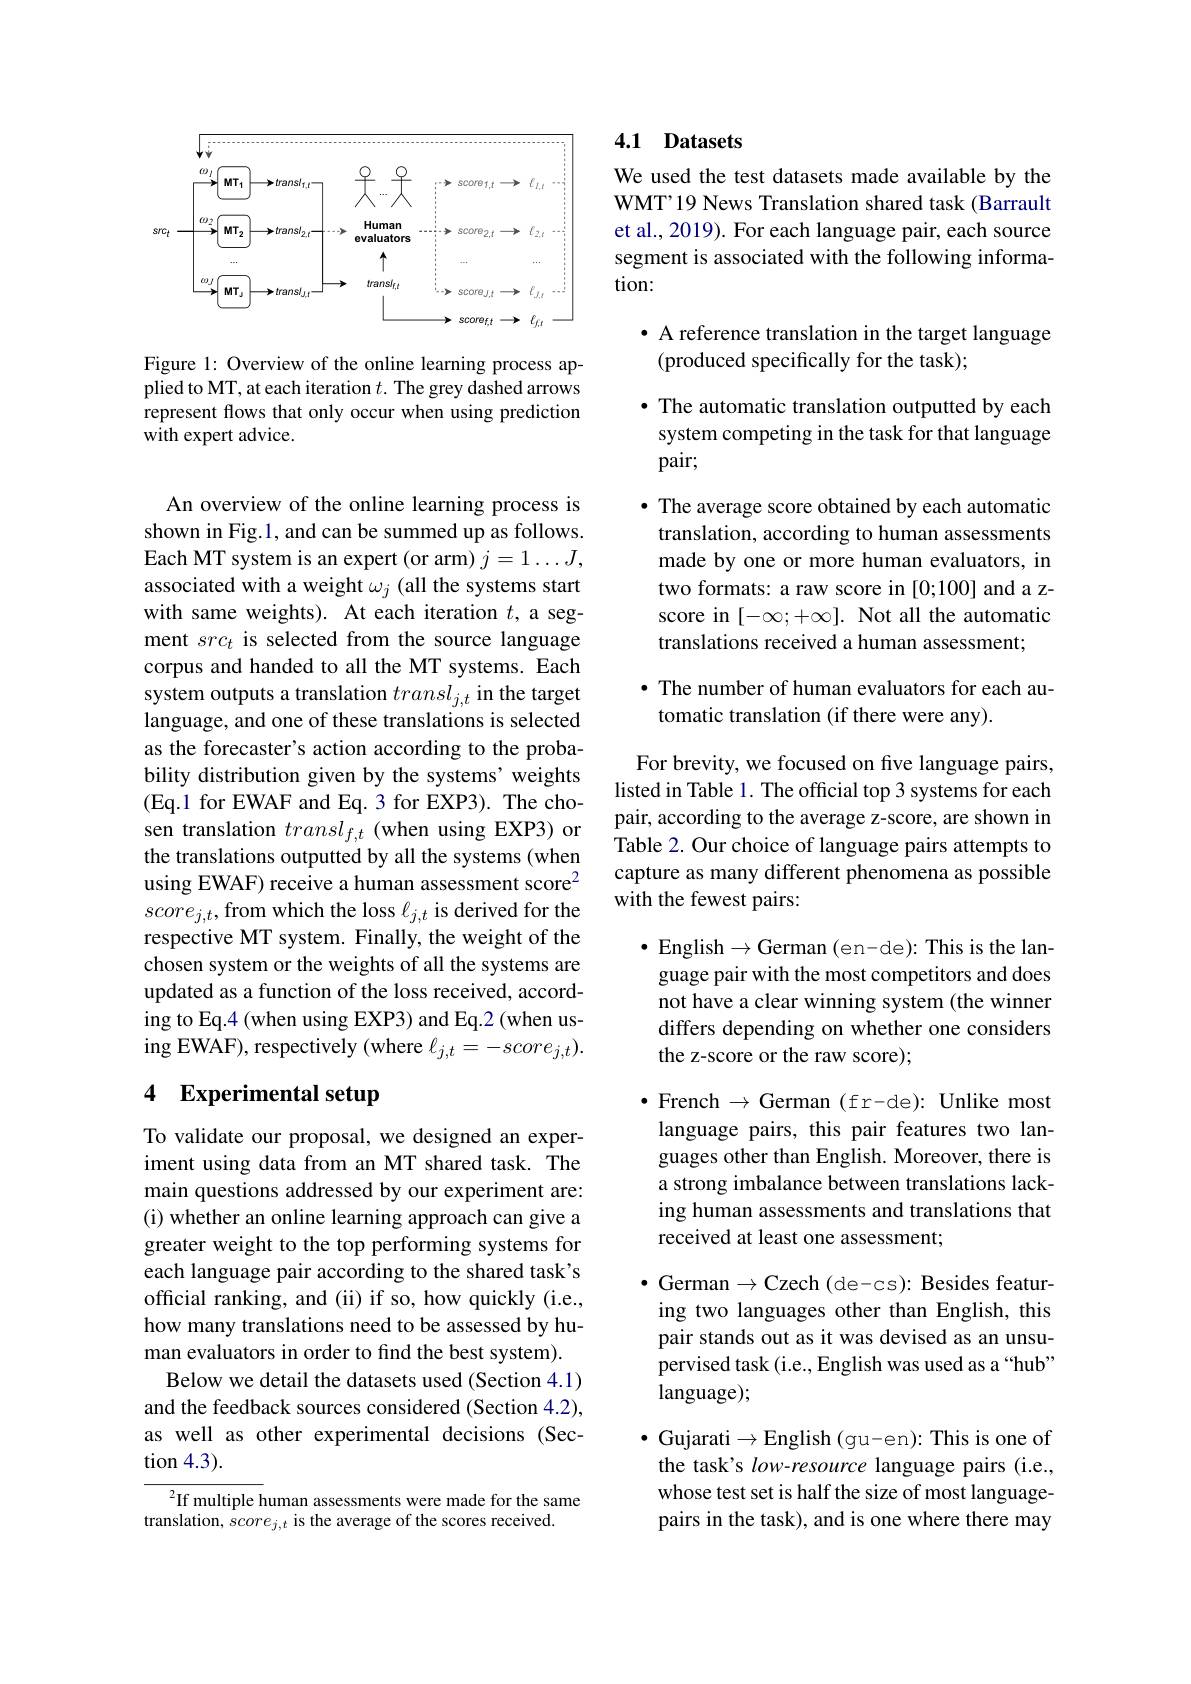
<FigureHere>

Figure 1: Overview of the online learning process applied to MT, at each iteration $t.$ The grey dashed arrows represent flows that only occur when using prediction with expert advice.

An overview of the online learning process is shown in Fig.1, and can be summed up as follows. Each MT system is an expert (or arm) $j=1\ldots J$, associated with a weight $\omega_j$ (all the systems start with same weights). At each iteration $t$, a segment $src_t$ is selected from the source language corpus and handed to all the MT systems. Each system outputs a translation $transl_{j,t}$ in the target language, and one of these translations is selected as the forecaster's action according to the probability distribution given by the systems' weights (Eq.1 for EWAF and Eq.3 for EXP3). The chosen translation $transl_f,t$ (when using EXP3) or the translations outputted by all the systems (when using EWAF) receive a human assessment score$^{2}$ $score_{j,t}$,from which the loss $\ell_j,t$ is derived for the respective MT system. Finally, the weight of the chosen system or the weights of all the systems are updated as a function of the loss received, according to Eq.4 (when using EXP3) and Eq.2 (when using EWAF), respectively (where $\ell_j,t=-score_{j,t}).$

## 4 Experimental setup

To validate our proposal, we designed an experiment using data from an MT shared task. The main questions addressed by our experiment are: (i) whether an online learning approach can give a greater weight to the top performing systems for each language pair according to the shared task's official ranking, and (ii) if so, how quickly (i.e., how many translations need to be assessed by human evaluators in order to find the best system).
Below we detail the datasets used (Section 4.1) and the feedback sources considered (Section 4.2), as well as other experimental decisions (Section 4.3).

$^{2}$If multiple human assessments were made for the same
translation, $score_{j,t}$ is the average of the scores received.

# 4.1 Datasets

We used the test datasets made available by the WMT’19 News Translation shared task (Barrault et al., 2019). For each language pair, each source segment is associated with the following information:

· A reference translation in the target language
(produced specifically for the task);

· The automatic translation outputted by each system competing in the task for that language pair;
· The average score obtained by each automatic translation, according to human assessments made by one or more human evaluators, in two formats: a raw score in [0;100] and a zscore in $[-\infty;+\infty].$ Not all the automatic translations received a human assessment;

## · The number of human evaluators for each automatic translation (if there were any).

For brevity, we focused on five language pairs, listed in Table 1. The official top 3 systems for each pair, according to the average z-score, are shown in Table 2. Our choice of language pairs attempts to capture as many different phenomena as possible with the fewest pairs:

$\bullet$ English$\to$German (en-de): This is the language pair with the most competitors and does not have a clear winning system (the winner differs depending on whether one considers the z-score or the raw score);

$\bullet$ French $\to$German (fr-de): Unlike most language pairs, this pair features two languages other than English. Moreover, there is a strong imbalance between translations lacking human assessments and translations that received at least one assessment;

$\bullet$ German$\to$Czech (de-cs): Besides featuring two languages other than English, this pair stands out as it was devised as an unsupervised task (i.e., English was used as a“hub” language);

$\bullet$ Gujarati$\to$English (gu-en): This is one of the task's low-resource language pairs (i.e., whose test set is half the size of most languagepairs in the task), and is one where there may